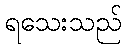
ရသေးသည်